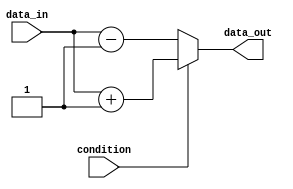
module if_else_module (
    input wire condition,
    input wire data_in,
    output reg data_out
);

always @(*) begin
    if (condition) begin
        // actions to be performed if condition is true
        data_out = data_in + 1;
    end
    else begin
        // actions to be performed if condition is false
        data_out = data_in - 1;
    end
end

endmodule